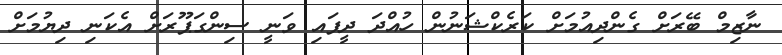
ނާޒިމް ބޭރަށް ގެންދިއުމަށް ކަރެކްޝަނުން ހުއްދަ ދީފައި ވަނީ ސިންގަޕޫރަށް އެކަނި ދިޔުމަށް